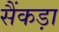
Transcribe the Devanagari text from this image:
सैंकड़ा